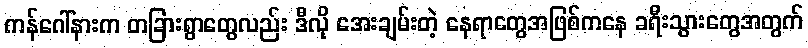
ကန်ဂေါ်နားက တခြားရွာတွေလည်း ဒီလို အေးချမ်းတဲ့ နေရာတွေအဖြစ်ကနေ ခရီးသွားတွေအတွက်